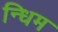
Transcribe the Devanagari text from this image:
न्धिम